Vaccination in the Punjab 1883-1896 - 1883-1896
Year: 1883
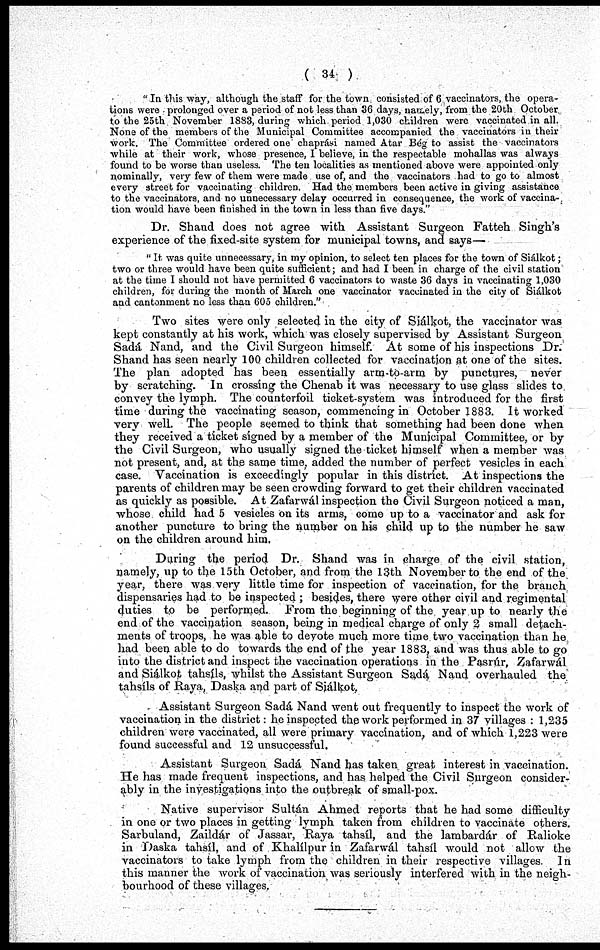
( 34 )
" In this way, although the staff for the town consisted of 6 vaccinators, the opera-
tions were prolonged over a period of not less than 36 days, namely, from the 20th October
to the 25th November 1883, during which period 1,030 children were vaccinated in all.
None of the members of the Municipal Committee accompanied the vaccinators in their
work. The Committee ordered one chaprási named Atar Bég to assist the vaccinators
while at their work, whose presence, I believe, in the respectable mohallas was always
found to be worse than useless. The ten localities as mentioned above were appointed only
nominally, very few of them were made use of, and the vaccinators had to go to almost
every street for vaccinating children. Had the members been active in giving assistance
to the vaccinators, and no unnecessary delay occurred in consequence, the work of vaccina-
tion would have been finished in the town in less than five days."
Dr. Shand does not agree with Assistant Surgeon Fatteh Singh's
experience of the fixed-site system for municipal towns, and says—
" It was quite unnecessary, in my opinion, to select ten places for the town of Siálkot
two or three would have been quite sufficient; and had I been in charge of the civil station
at the time I should not have permitted 6 vaccinators to waste 36 days in vaccinating 1,03(
children, for during the month of March one vaccinator vaccinated in the city of Siálko
and cantonment no less than 605 children."
Two sites were only selected in the city of Siálkot, the vaccinator wa
kept constantly at his work, which was closely supervised by Assistant Surgeor
Sadá Nand, and the Civil Surgeon himself. At some of his inspections Dr
Shand has seen nearly 100 children collected for vaccination at one of the sites
The plan adopted has been essentially arm-to-arm by punctures, neve
by scratching. In crossing the Chenab it was necessary to use glass slides t-
convey the lymph. The counterfoil ticket-system was introduced for the firs
time during the vaccinating season, commencing in October 1883. It worke-
very well. The people seemed to think that something had been done whe
they received a ticket signed by a member of the Municipal Committee, or be
the Civil Surgeon, who usually signed the ticket himself when a member was
not present, and, at the same time, added the number of perfect vesicles in each
case. Vaccination is exceedingly popular in this district. At inspections the
parents of children may be seen crowding forward to get their children vaccinated
as quickly as possible. At Zafarwál inspection the Civil Surgeon noticed a man,
whose child had 5 vesicles on its arms, come up to a vaccinator and ask for
another puncture to bring the number on his child up to the number he saw
on the children around him.
During the period Dr. Shand was in charge of the civil station,
namely, up to the 15th October, and from the 13th November to the end of the
year, there was very little time for inspection of vaccination, for the branch
dispensaries had to be inspected ; besides, there were other civil and regimental
duties to be performed. From the beginning of the year up to nearly the
end of the vaccination season, being in medical charge of only 2 small detach-
ments of troops, he was able to deyote much more time two vaccination than he
had been able to do towards the end of the year 1883, and was thus able to go
into the district and inspect the vaccination operations in the Pasrúr, Zafarwál
and Siálkot tahsíls, whilst the Assistant Surgeon Sadá Nand overhauled the
tahsíls of Raya, Daska and part of Siálkot,
Assistant Surgeon Sadá Nand went out frequently to inspect the work of
vaccination in the district: he inspected the work performed in 37 villages : 1,235
children were vaccinated, all were primary vaccination, and of which 1,223 were
found successful and 12 unsuccessful.
Assistant Surgeon Sadá Nand has taken great interest in vaccination.
He has made frequent inspections, and has helped the Civil Surgeon consider-
ably in the investigations into the outbreak of small-pox.
Native supervisor Sultán Ahmed reports that he had some difficulty
in one or two places in getting lymph taken from children to vaccinate others.
Sarbuland, Zaildár of Jassar, Raya tahsíl, and the lambardár of Ralioke
in Daska tahsíl, and of Khalílpur in Zafarwál tahsíl would not allow the
vaccinators to take lymph from the children in their respective villages. In
this manner the work of vaccination was seriously interfered with in the neigh-
bourhood of these villages.